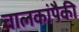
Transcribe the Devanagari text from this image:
चालकांपैकी